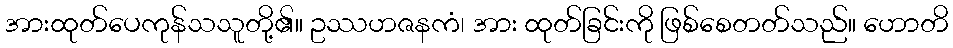
အားထုတ်ပေကုန်သသူတို့၏။ ဥဿဟဇနကံ၊ အား ထုတ်ခြင်းကို ဖြစ်စေတတ်သည်။ ဟောတိ